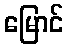
မြောင်